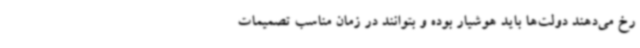
رخ می‌دهند دولت‌ها باید هوشیار بوده و بتوانند در زمان مناسب تصمیمات